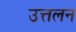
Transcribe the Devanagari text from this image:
उत्तलन